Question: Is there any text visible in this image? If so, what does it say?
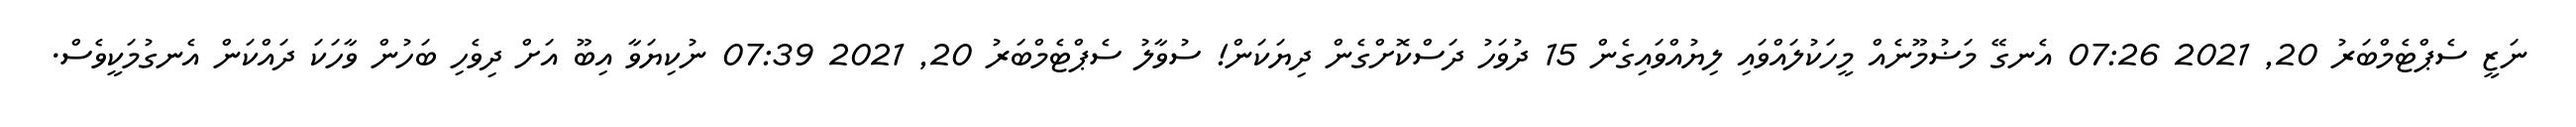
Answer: ނަޒީ ސެޕްޓެމްބަރު 20, 2021 07:26 އެނގޭ މަޟުމޫނެއް މީހަކުލައްވައި ލިޔުއްވައިގެން 15 ދުވަހު ދަސްކޮށްގެން ދިޔަކަން! ސުވާލު ސެޕްޓެމްބަރު 20, 2021 07:39 ނުކިޔަވާ އިބޫ އަށް ދިވެހި ބަހުން ވާހަކަ ދައްކަން އެނގުމަކީވެސް.